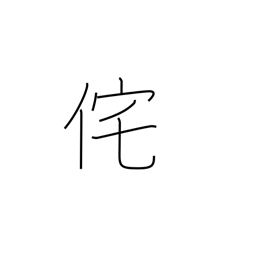
Meaning: lonely